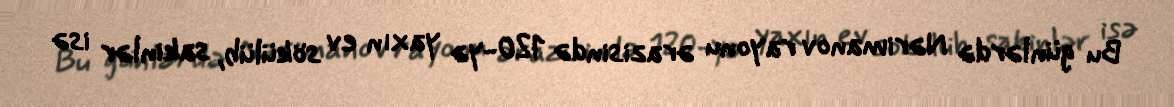
Bu günlərdə Nərimanov rayonu ərazisində 120-yə yaxın ev sökülüb, sakinlər isə